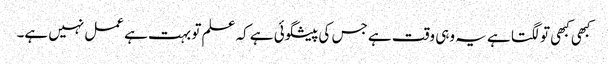
کبھی کبھی تو لگتا ہے یہ وہی وقت ہے جس کی پیشگوئی ہے کہ علم تو بہت ہے عمل نہیں ہے۔